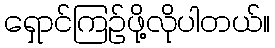
ရှောင်ကြဉ်ဖို့လိုပါတယ်။